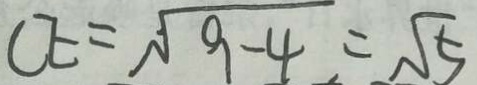
C E = \sqrt { 9 - 4 } = \sqrt { 5 }